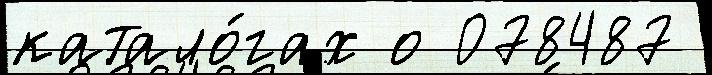
катало́гах о 078487